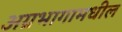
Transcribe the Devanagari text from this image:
अग्रभागामधील